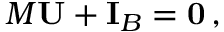
M \mathbf { U } + \mathbf { I } _ { B } = \mathbf { 0 } \, ,